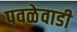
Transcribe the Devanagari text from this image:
पवळेवाडी